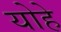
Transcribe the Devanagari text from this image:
योहे